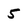
Character: 5